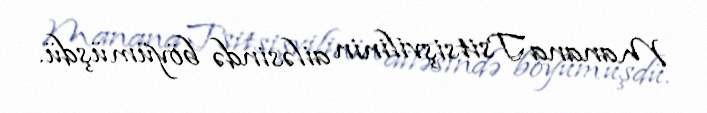
Manana Tsitsişvilinin ailəsində böyümüşdü.